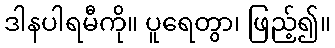
ဒါနပါရမီကို။ ပူရေတွာ၊ ဖြည့်၍။